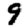
Digit: 9